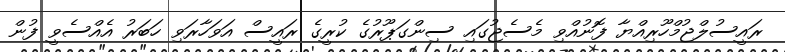
ރައީސުލްޖުމްހޫރިއްޔާ ފޮނުއްވި މެސެޖުގައި ސިންގަޕޫރުގެ ކުރީގެ ރައީސް އަވަހާރަވި ހަބަރު އެއްސެވީ ފުން